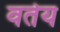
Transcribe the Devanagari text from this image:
वर्तेय